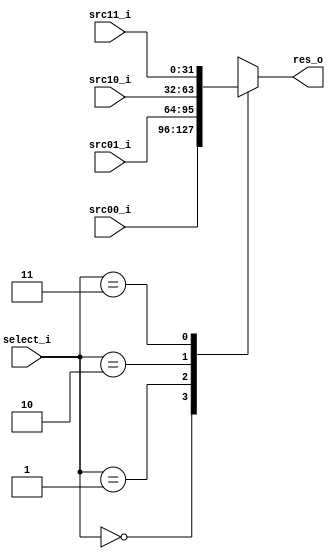
module MUX32_Double(src00_i, src01_i, src10_i, src11_i, select_i, res_o);

    input [1:0] select_i;
    input [31:0] src00_i, src01_i, src10_i, src11_i;
    output reg [31:0] res_o;

    always @(*)
    case (select_i)
    2'b00:
        res_o = src00_i;
    2'b01:
        res_o = src01_i;
    2'b10:
        res_o = src10_i;
    2'b11:
        res_o = src11_i;
    default:
        res_o = 32'bx;
    endcase

endmodule